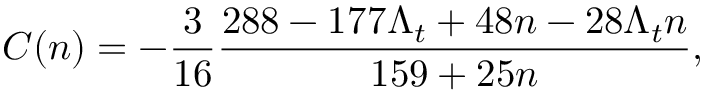
C ( n ) = - \frac { 3 } { 1 6 } \frac { 2 8 8 - 1 7 7 \Lambda _ { t } + 4 8 n - 2 8 \Lambda _ { t } n } { 1 5 9 + 2 5 n } ,